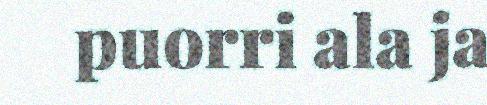
puorri ala ja